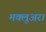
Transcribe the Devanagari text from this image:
मक्लूअर।